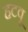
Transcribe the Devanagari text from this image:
हटवू